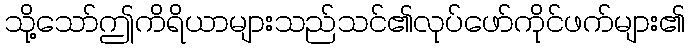
သို့သော်ဤကိရိယာများသည်သင်၏လုပ်ဖော်ကိုင်ဖက်များ၏